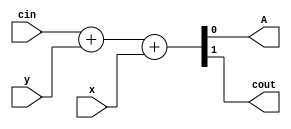
module bb
(
 input x,
 input y,
 input cin,

 output A,
 output cout
 );

assign {cout,A} =  cin + y + x;

endmodule

module top
(
 input x,
 input y,
 input cin,

 output A,
 output cout
 );

bb u_bb (x,y,cin,A,cout);

endmodule